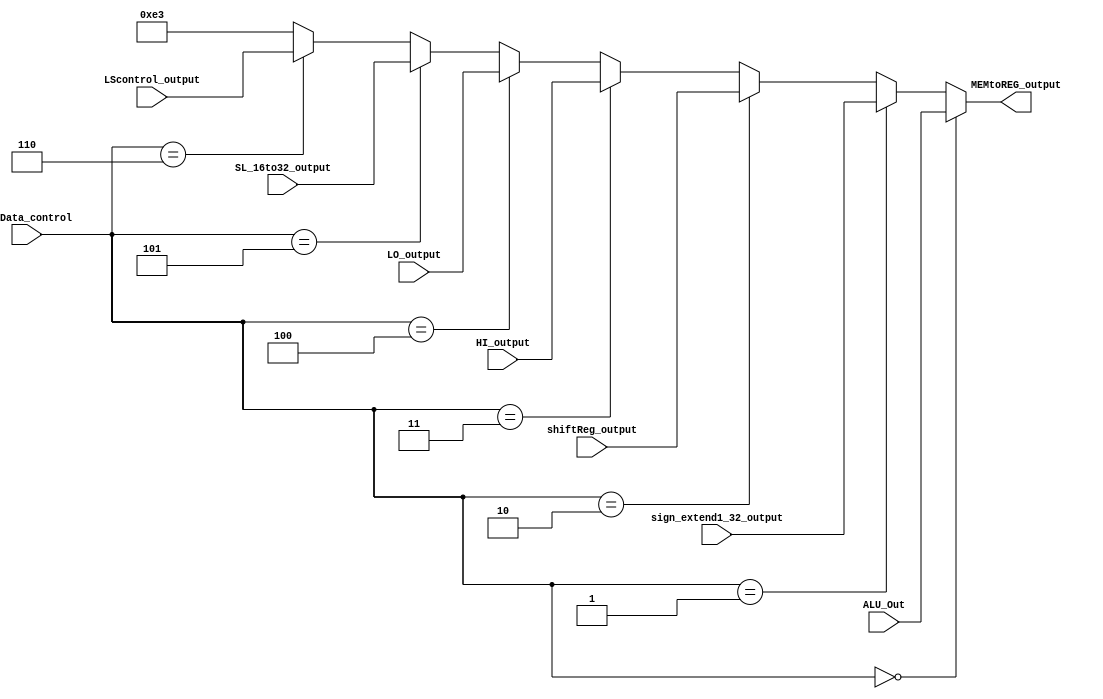
module mux_SrcData(
    input wire [3:0] srcData_control,

    input wire [31:0] ALU_Out,
    input wire [31:0] sign_extend1_32_output, 
    input wire [31:0] shiftReg_output,
    input wire [31:0] HI_output, 
    input wire [31:0] LO_output,
    input wire [31:0] SL_16to32_output,
    input wire [31:0] LScontrol_output,

    output wire [31:0] MEMtoREG_output
);

    assign MEMtoREG_output = (srcData_control == 4'b0000) ? ALU_Out :
     (srcData_control == 4'b0001) ? sign_extend1_32_output :
      (srcData_control == 4'b0010) ? shiftReg_output :
       (srcData_control == 4'b0011) ? HI_output :
        (srcData_control == 4'b0100) ? LO_output :
        (srcData_control == 4'b0101) ? SL_16to32_output :
        (srcData_control == 4'b110) ? LScontrol_output :
            32'd227;

endmodule